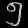
Digit: ၅